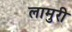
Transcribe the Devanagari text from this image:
लामुरी